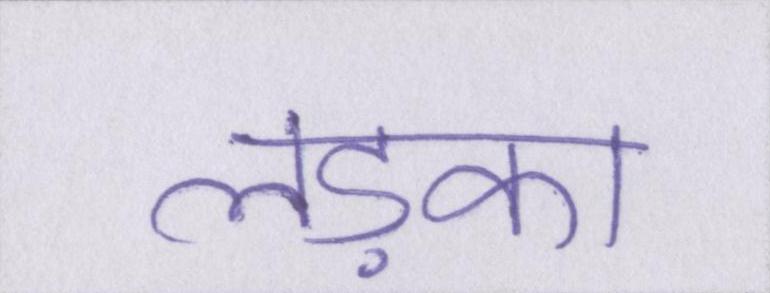
लड़का